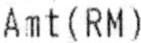
AMT (RM)